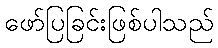
ဖော်ပြခြင်းဖြစ်ပါသည်